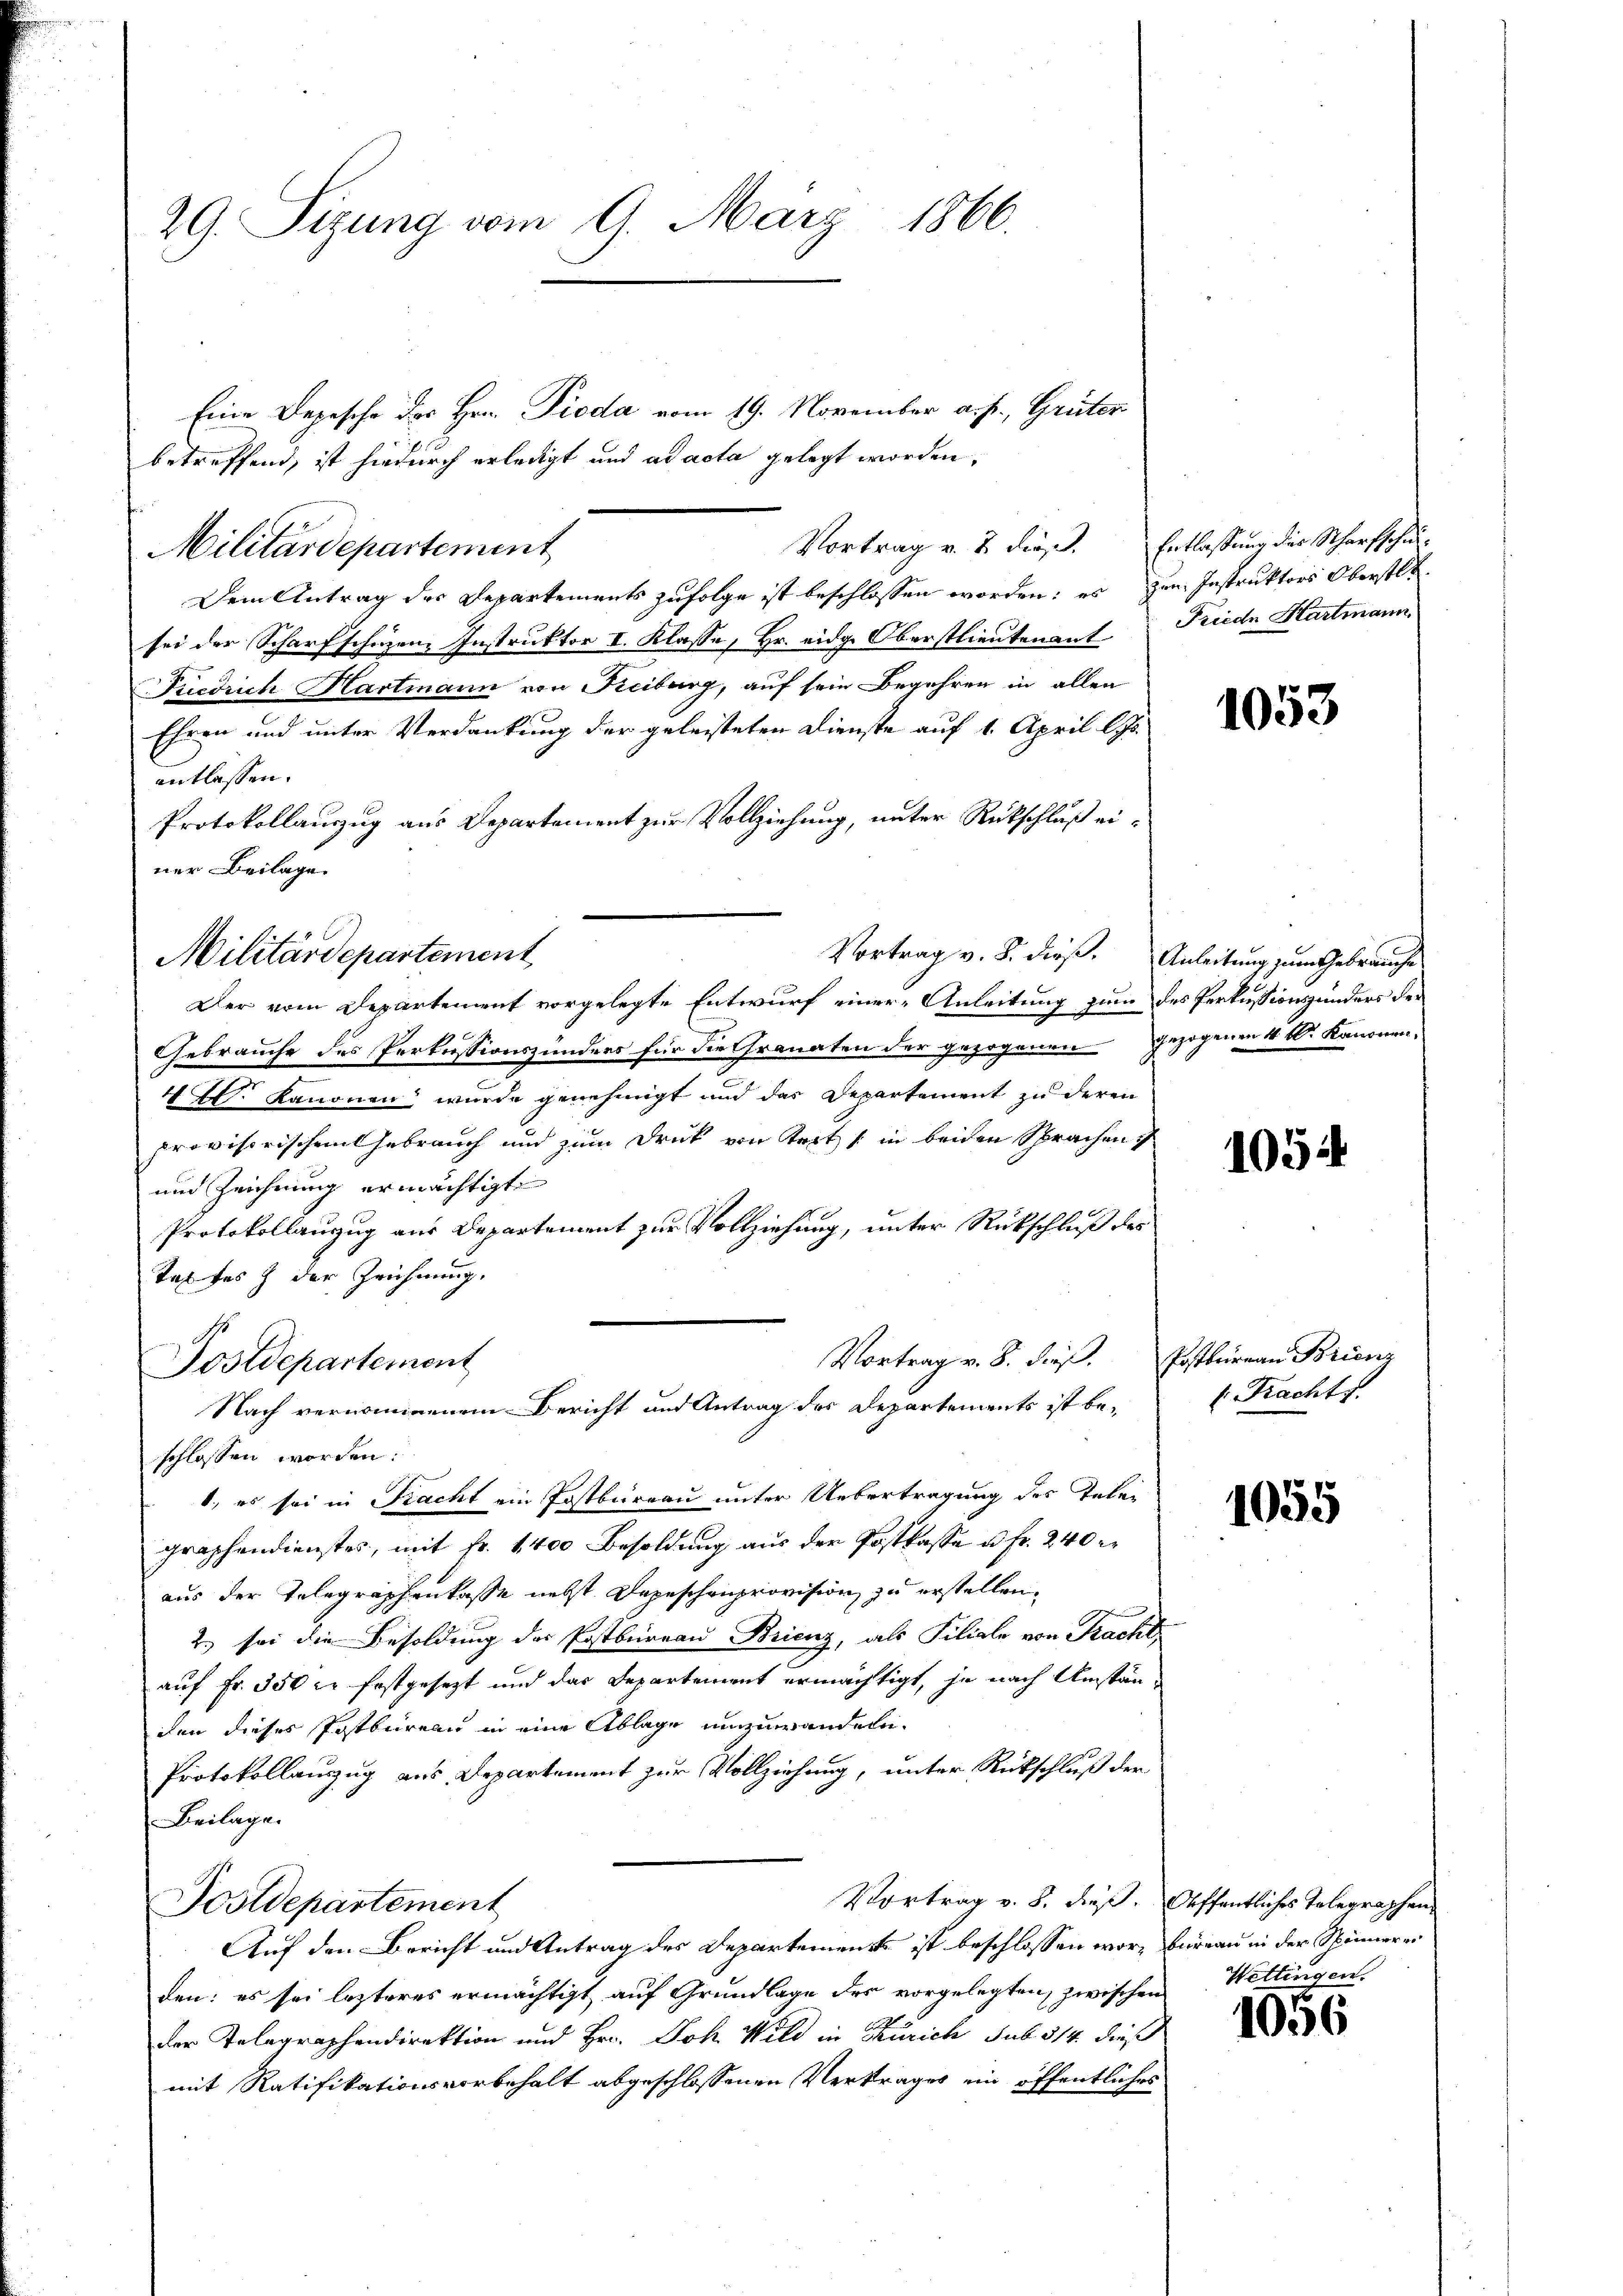
29. Sizung vom 9. März 1866.

betreffend, ist hiedurch erledigt und ad acta gelegt worden,
Militärdepartement
Dem Antrag des Departements zufolge ist beschlossen worden: es zur Instruktors Oberstl.
sei der Scharfschuzen Instruktor I. Klasse, Hr. eidg. Oberstlieutenant
Friedrich Hartmann von Freiburg, auf sein Begehren in allen
Ehren und unter Verdankung der geleisteten Dienste auf 1. April lJ.
entlassen.
Protokollauszug aus Departement zur Vollziehung, unter Rückschluß einer Beilage.
Vortrag v. 8. dieß.
Der vom Departement vorgelegte Entwurf einer Anleitung zum
Gebrauche des Perkussionszünders für die Granaten der gezogenen gezogenen 4 Dr. Kanonen,
4fr. kanonen wurde genehmigt und das Departement zu deren
provisorischenthebrauch und zum Druck von Seit in beiden Sprachen
und Zeichnung ermächtigt
Protokollanzug aus Departement zur Vollziehung, unter Rückschluß des
Talfes der Zeichnung.
Vortrag v. 8. dieß.
Postdepartement
Nach vernommenem Bericht und Antrag des Departements ist beschlossen worden:
1., es sei in Fracht ein Postbureau unter Uebertragung des Telegraphendienstes, mit Fr. 1400 Besoldung aus der Postkasse u. fr. 240 er
aus der Telegraphenkasse nebst Depeschenprovision zu erstellen,
2) sei die Besoldung der Postbureau Brienz, als Filiale von Fracht,
auf Fr. 350 l. festgesezt und das Departement ermächtigt, je nach Umständen dieses Postbüreau in eine Ablage umzuwandeln.
Protokollauzug aus Departement zur Vollziehung, unter Rückschluß der
Beilage.
Vortrag v. 8. dieß.
Fostdepartement
Auf den Bericht und Antrag des Departement ist beschlossen worden: es sei lezteres ermächtigt auf Grundlage des vorgelegten zwischen
der Telegraphendirektion und Hr. Joh. Wild in Zürich sub 314. dieß
mit Ratifikationsvorbehalt abgeschlossenen Vertrages ein öffentliches

Militärdepartement

Eine Depesche des Hrn. Pioda vom 19. November a. f., Grüter

Vortrag v. 2. dieß.

Entlassung des Scharfschul¬
Friede Hartmann

Anleitung zum Gebrauche
des Perkussionsänders der

1053

1054

Postbureau Brienz
l. Pacht.

1055

Oeffentliches Telegraphen
bureau in der Spinneren
Wettingen.

1056